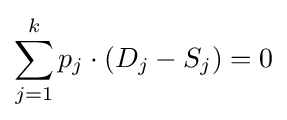
\sum _{j=1}^{k}p_{j}\cdot (D_{j}-S_{j})=0